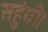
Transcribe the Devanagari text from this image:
सहुंगी।